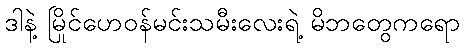
ဒါနဲ့ မြိုင်ဟေဝန်မင်းသမီးလေးရဲ့ မိဘတွေကရော